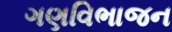
ગણવિભાજન